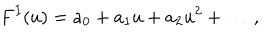
F ^ { I } ( u ) = a _ { 0 } + a _ { 1 } u + a _ { 2 } u ^ { 2 } + \dots \, ,